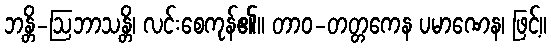
ဘန္တိ-ဩဘာသန္တိ၊ လင်းစေကုန်၏။ တာဝ-တတ္တကေန ပမာဏေန၊ ဖြင့်။